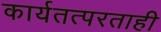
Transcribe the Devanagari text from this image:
कार्यतत्परताही